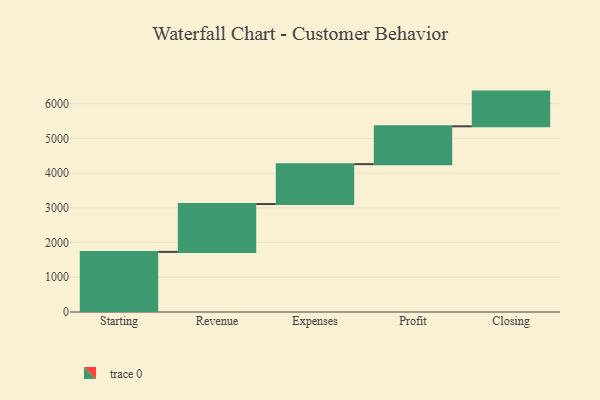
{"axis": {"x": "Step", "y": "Value"}, "legend": [""], "data": [{"x": "Starting", "y": 1732.0, "type": ""}, {"x": "Revenue", "y": 1378.0, "type": ""}, {"x": "Expenses", "y": 1149.0, "type": ""}, {"x": "Profit", "y": 1090.0, "type": ""}, {"x": "Closing", "y": 1000, "type": ""}]}